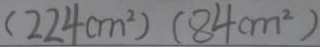
( 2 2 4 c m ^ { 2 } ) ( 8 4 c m ^ { 2 } )